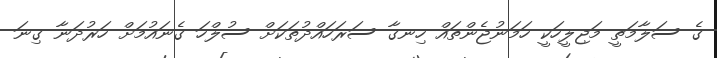
ގެ ސަލާމަތީ މަޖިލީހަކީ ހަމަނުޖެންތައް ހިނގާ ސަރަހައްދުތަކަށް ސުލްހަ ގެނައުމަށް ހަރުދަނާ ގިނަ